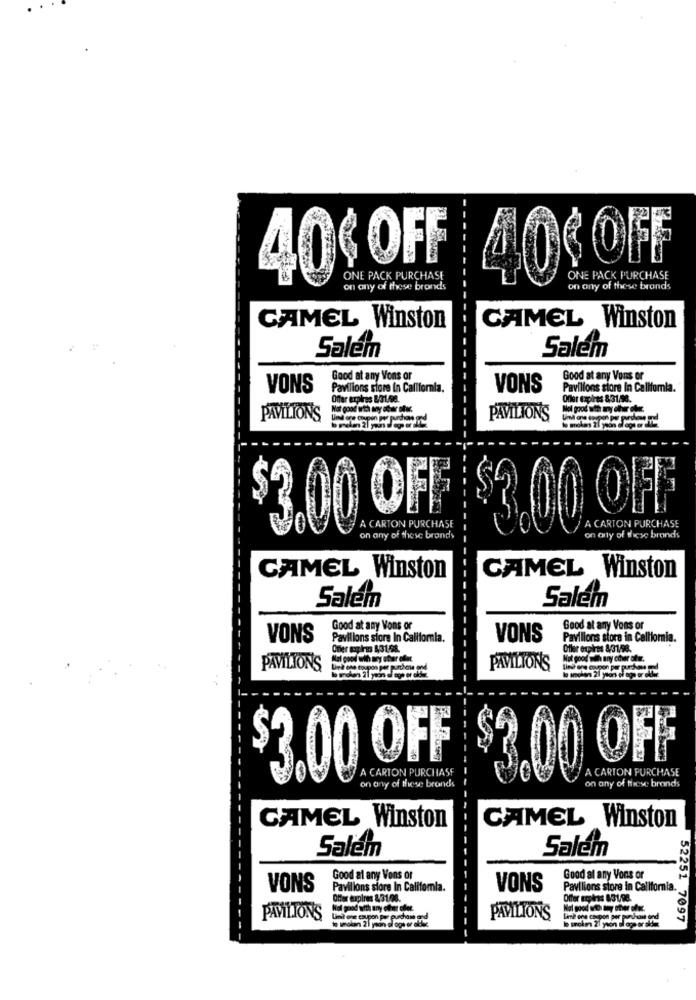
40€ OFF
40€ OFF
ONE PACK PURCHASE
on any of these bronds
on any of these brands
CAMEL Winston
CAMEL Winston
Salem
Salem
Good at any Vons or
Good at any Vons or
VONS
Pavilions store In California.
VONS
Pavillons store In Califomia.
Offer expires 831.08.
expres 831,56.
PAVILION'S
Umel ore coupon per purchase god
PAVILIONS
$2.00 OFF
A CARTON PURCHASE
$2.00 OFF
A CARTON PURCHASE
on any of these brands
on any of these brands
CAMEL Winston
CAMEL Winston
Salem
Salem
Good at any Vons or
Good at any Vons or
VONS
Pavilions store In California.
VONS
Pavilions store in California.
Offer expires 8/31/98.
Not good with any cour cifer.
PAVILIONS
Lind ens coupon per purchase and
PAVILIONS
A CARTON PURCHASE
A CARTON PURCHASE
$3.00 OFF $2.00 OFF
on any of these brands
on any of these brands
CAMEL Winston
CAMEL Winston
Salem
Salem
Good at any Vons or
Good al any Vons or
VONS
Pavilions siore In Califomia.
VONS
Pavilions store in California.
Offer tupires 831.08.
Offer empirss 831/98.
Hol good with any ofwar ciee.
PAVILIONS
PAVILIONS
Lime one coupon per purchase and
52251 7097
b solens 21 yson ologe or aldes